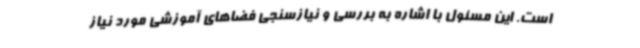
است. این مسئول با اشاره به بررسی و نیازسنجی فضاهای آموزشی مورد نیاز